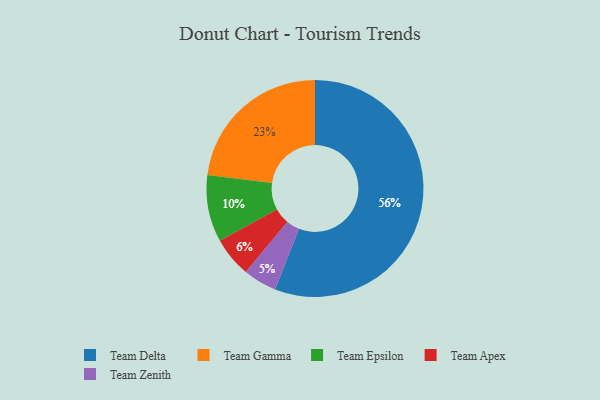
{"axis": {"x": "Category", "y": "Percentage"}, "legend": ["Team Apex", "Team Delta", "Team Epsilon", "Team Gamma", "Team Zenith"], "data": [{"x": "Team Gamma", "y": 23, "type": "Team Gamma"}, {"x": "Team Delta", "y": 56, "type": "Team Delta"}, {"x": "Team Zenith", "y": 5, "type": "Team Zenith"}, {"x": "Team Apex", "y": 6, "type": "Team Apex"}, {"x": "Team Epsilon", "y": 10, "type": "Team Epsilon"}]}